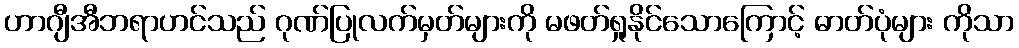
ဟာဂျီအီဘရာဟင်သည် ဂုဏ်ပြုလက်မှတ်များကို မဖတ်ရှုနိုင်သောကြောင့် ဓာတ်ပုံများ ကိုသာ